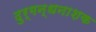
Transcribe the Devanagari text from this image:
दुर्गन्धनाशक